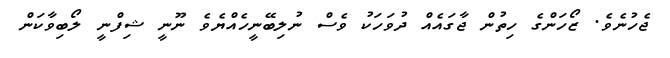
ޖެހުނެވެ. ޒޯހަންގެ ހިތުން ޖާގައެއް ދުވަހަކު ވެސް ނުލިބޭނީހެއްޔެވެ ނޫނީ ޝިފްނީ ލޯބިވާކަން